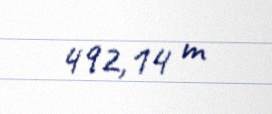
492,14 m